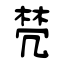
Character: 棾